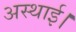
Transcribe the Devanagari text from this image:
अस्थाई।